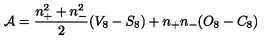
{ \cal A } = \frac { n _ { + } ^ { 2 } + n _ { - } ^ { 2 } } { 2 } ( V _ { 8 } - S _ { 8 } ) + n _ { + } n _ { - } ( O _ { 8 } - C _ { 8 } )